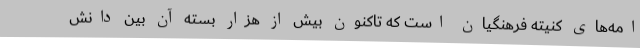
امه‌های کنیته فرهنگیان است که تاکنون بیش از هزار بسته آن بین دانش